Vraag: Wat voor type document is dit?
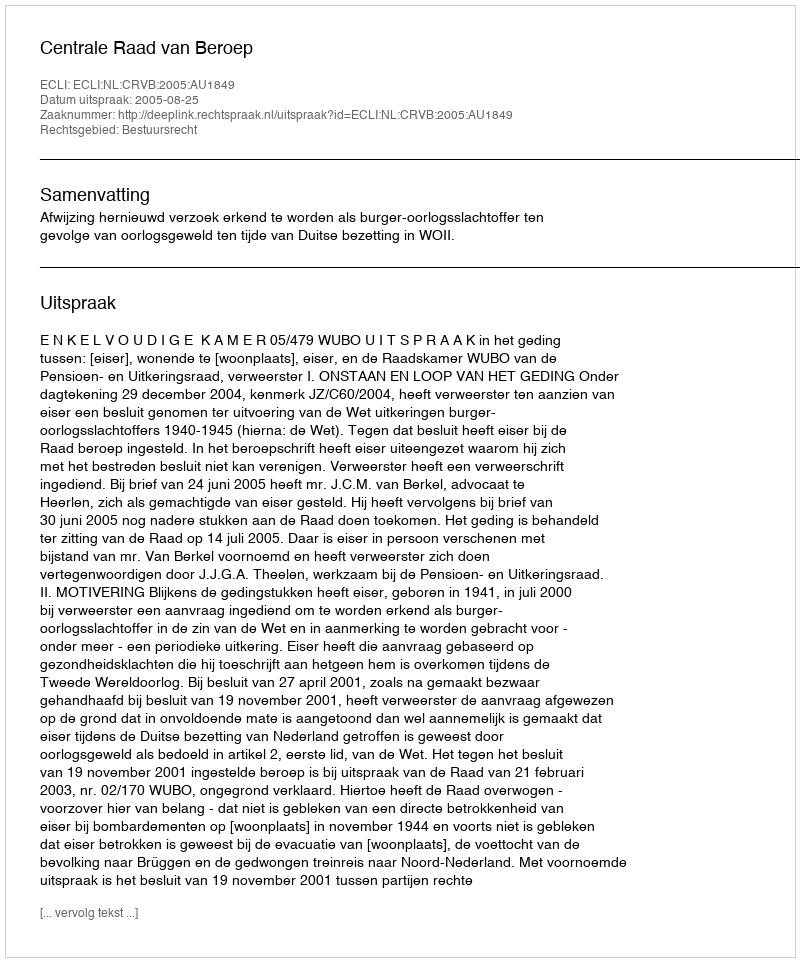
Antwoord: Uitspraak